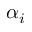
\alpha _ { i }